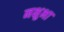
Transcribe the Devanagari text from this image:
नक्षुभा